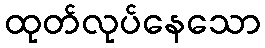
ထုတ်လုပ်နေသော